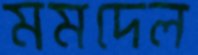
মমদেল